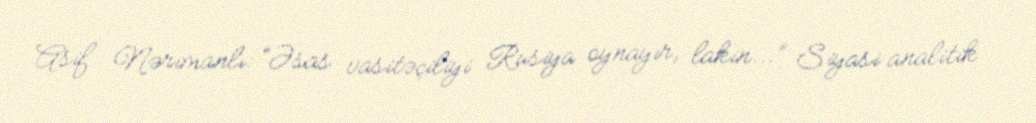
Asif Nərimanlı: “Əsas vasitəçiliyi Rusiya oynayır, lakin...” Siyasi analitik